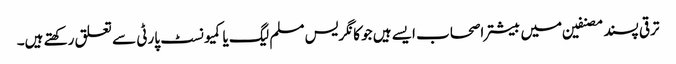
ترقی پسند مصنفین میں بیشتر اصحاب ایسے ہیں جو کانگریس مسلم لیگ یا کمیونسٹ پارٹی سے تعلق رکھتے ہیں۔